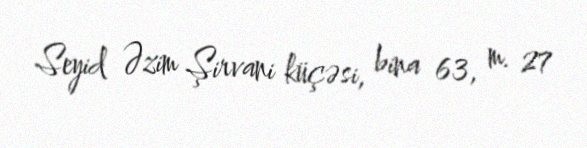
Seyid Əzim Şirvani küçəsi, bina 63, m. 27